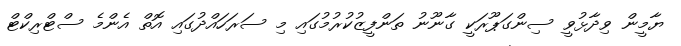
ޔާމީން ވިދާޅުވީ ސިންގަޕޫރަކީ ގާނޫނު ތަންފީޒުކުރުމުގައި މި ސަރަހައްދުގައި އޮތް އެންމެ ސްޓްރިކްޓް